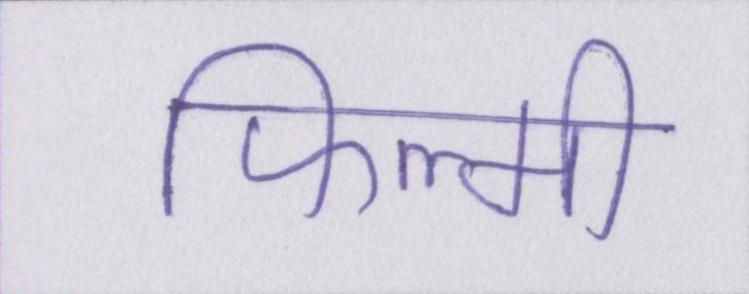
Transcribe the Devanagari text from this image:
फिल्मी